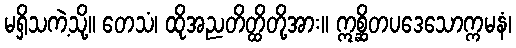
မရှိသကဲ့သို့။ တေသံ၊ ထိုအညတိတ္ထိတို့အား။ ဣစ္ဆိတပဒေသောက္ကမနံ၊